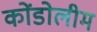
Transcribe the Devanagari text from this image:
कोंडोलीम